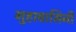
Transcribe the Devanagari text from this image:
गुहावासिनी